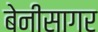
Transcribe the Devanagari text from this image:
बेनीसागर